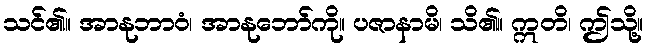
သင်၏။ အာနုဘာဝံ၊ အာနုဘော်ကို။ ပဇာနာမိ၊ သိ၏။ ဣတိ၊ ဤသို့။